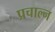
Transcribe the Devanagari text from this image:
प्रचाल्न